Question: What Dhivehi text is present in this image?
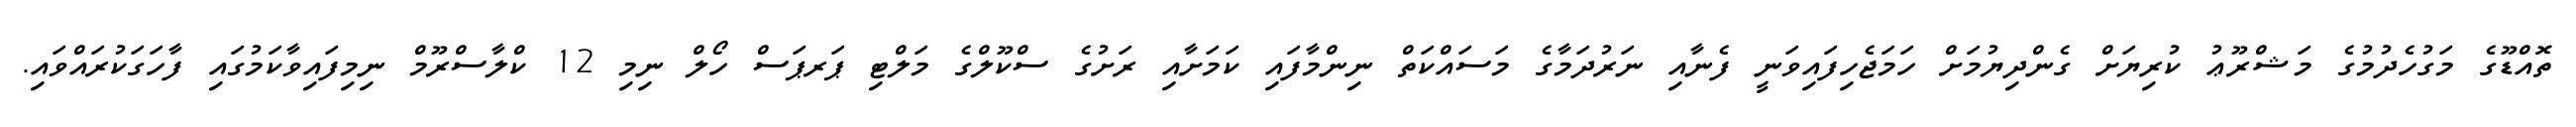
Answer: ތޮއްޑޫގެ މަގުހެދުމުގެ މަޝްރޫޢު ކުރިޔަށް ގެންދިޔުމަށް ހަމަޖެހިފައިވަނީ ފެނާއި ނަރުދަމާގެ މަސައްކަތް ނިންމާފައި ކަމަށާއި ރަށުގެ ސްކޫލްގެ މަލްޓި ޕަރޕަސް ހޯލް ނިމި 12 ކްލާސްރޫމް ނިމިފައިވާކަމުގައި ފާހަގަކުރައްވައި.